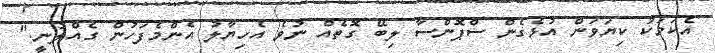
އެކަމަކު ކިޔަވަން އުޅެގެން ސްޕޮންސާ ލިބޭ ގޮތެއް ނުވެ އެހިޔާލު އެންމެފަހުން ގެއްލުނީ."